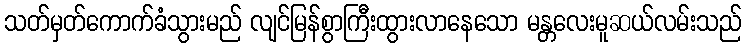
သတ်မှတ်ကောက်ခံသွားမည် လျင်မြန်စွာကြီးထွားလာနေသော မန္တလေးမူဆယ်လမ်းသည်